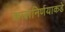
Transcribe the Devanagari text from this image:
कालनिर्णयाकडे